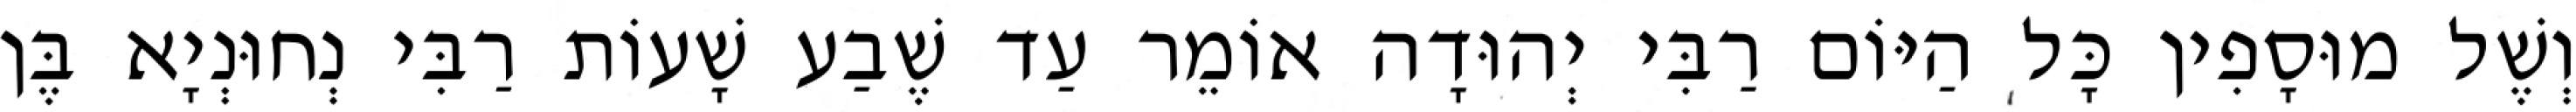
וְשֶׁל מוּסָפִין כָּל הַיּוֹם רַבִּי יְהוּדָה אוֹמֵר עַד שֶׁבַע שָׁעוֹת רַבִּי נְחוּנְיָא בֶּן